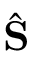
\hat { \mathbf { S } }